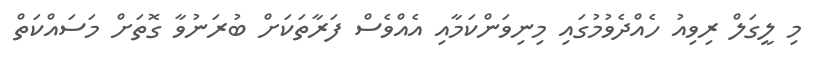
މި ލީގަލް ރިވިއު ހެއްދެވުމުގައި މިނިވަންކަމާއި އެއްވެސް ފަރާތަކަށް ބުރަނުވާ ގޮތަށް މަސައްކަތް